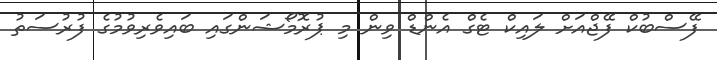
ފޭސްބުކް ފޭޖްއަށް ލައިކް ޓެގް އެންޑް ވިން މި ޕުރޮމޯޝަންގައި ބައިވެރިވުމުގެ ފުރުސަތު